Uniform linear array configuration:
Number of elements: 16
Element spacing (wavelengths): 0.25
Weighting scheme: exponential
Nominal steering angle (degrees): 0
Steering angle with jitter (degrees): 1.472
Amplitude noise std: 0.05
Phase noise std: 0.05

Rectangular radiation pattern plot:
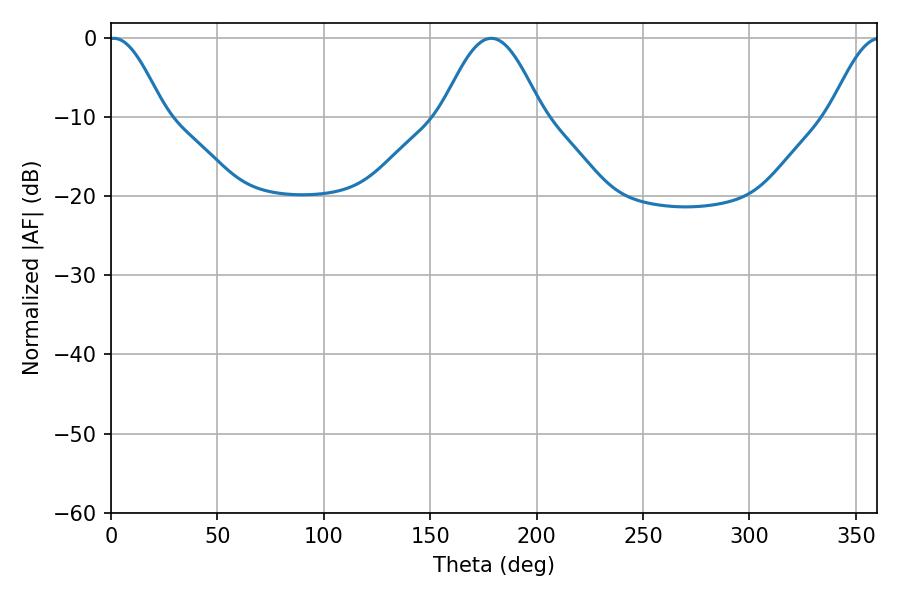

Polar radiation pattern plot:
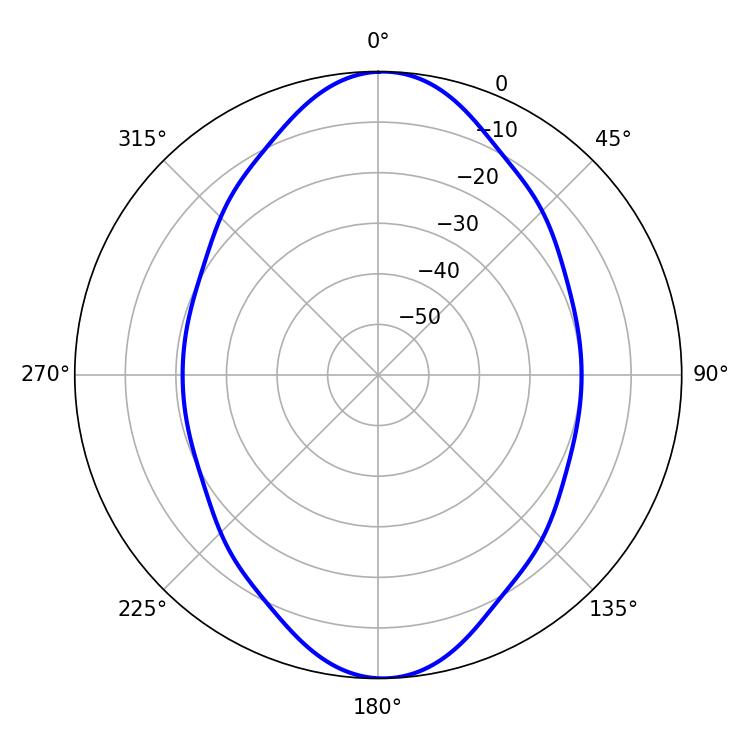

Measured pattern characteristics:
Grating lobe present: FALSE
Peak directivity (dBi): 18.133
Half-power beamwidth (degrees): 13.86
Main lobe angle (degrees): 1.26